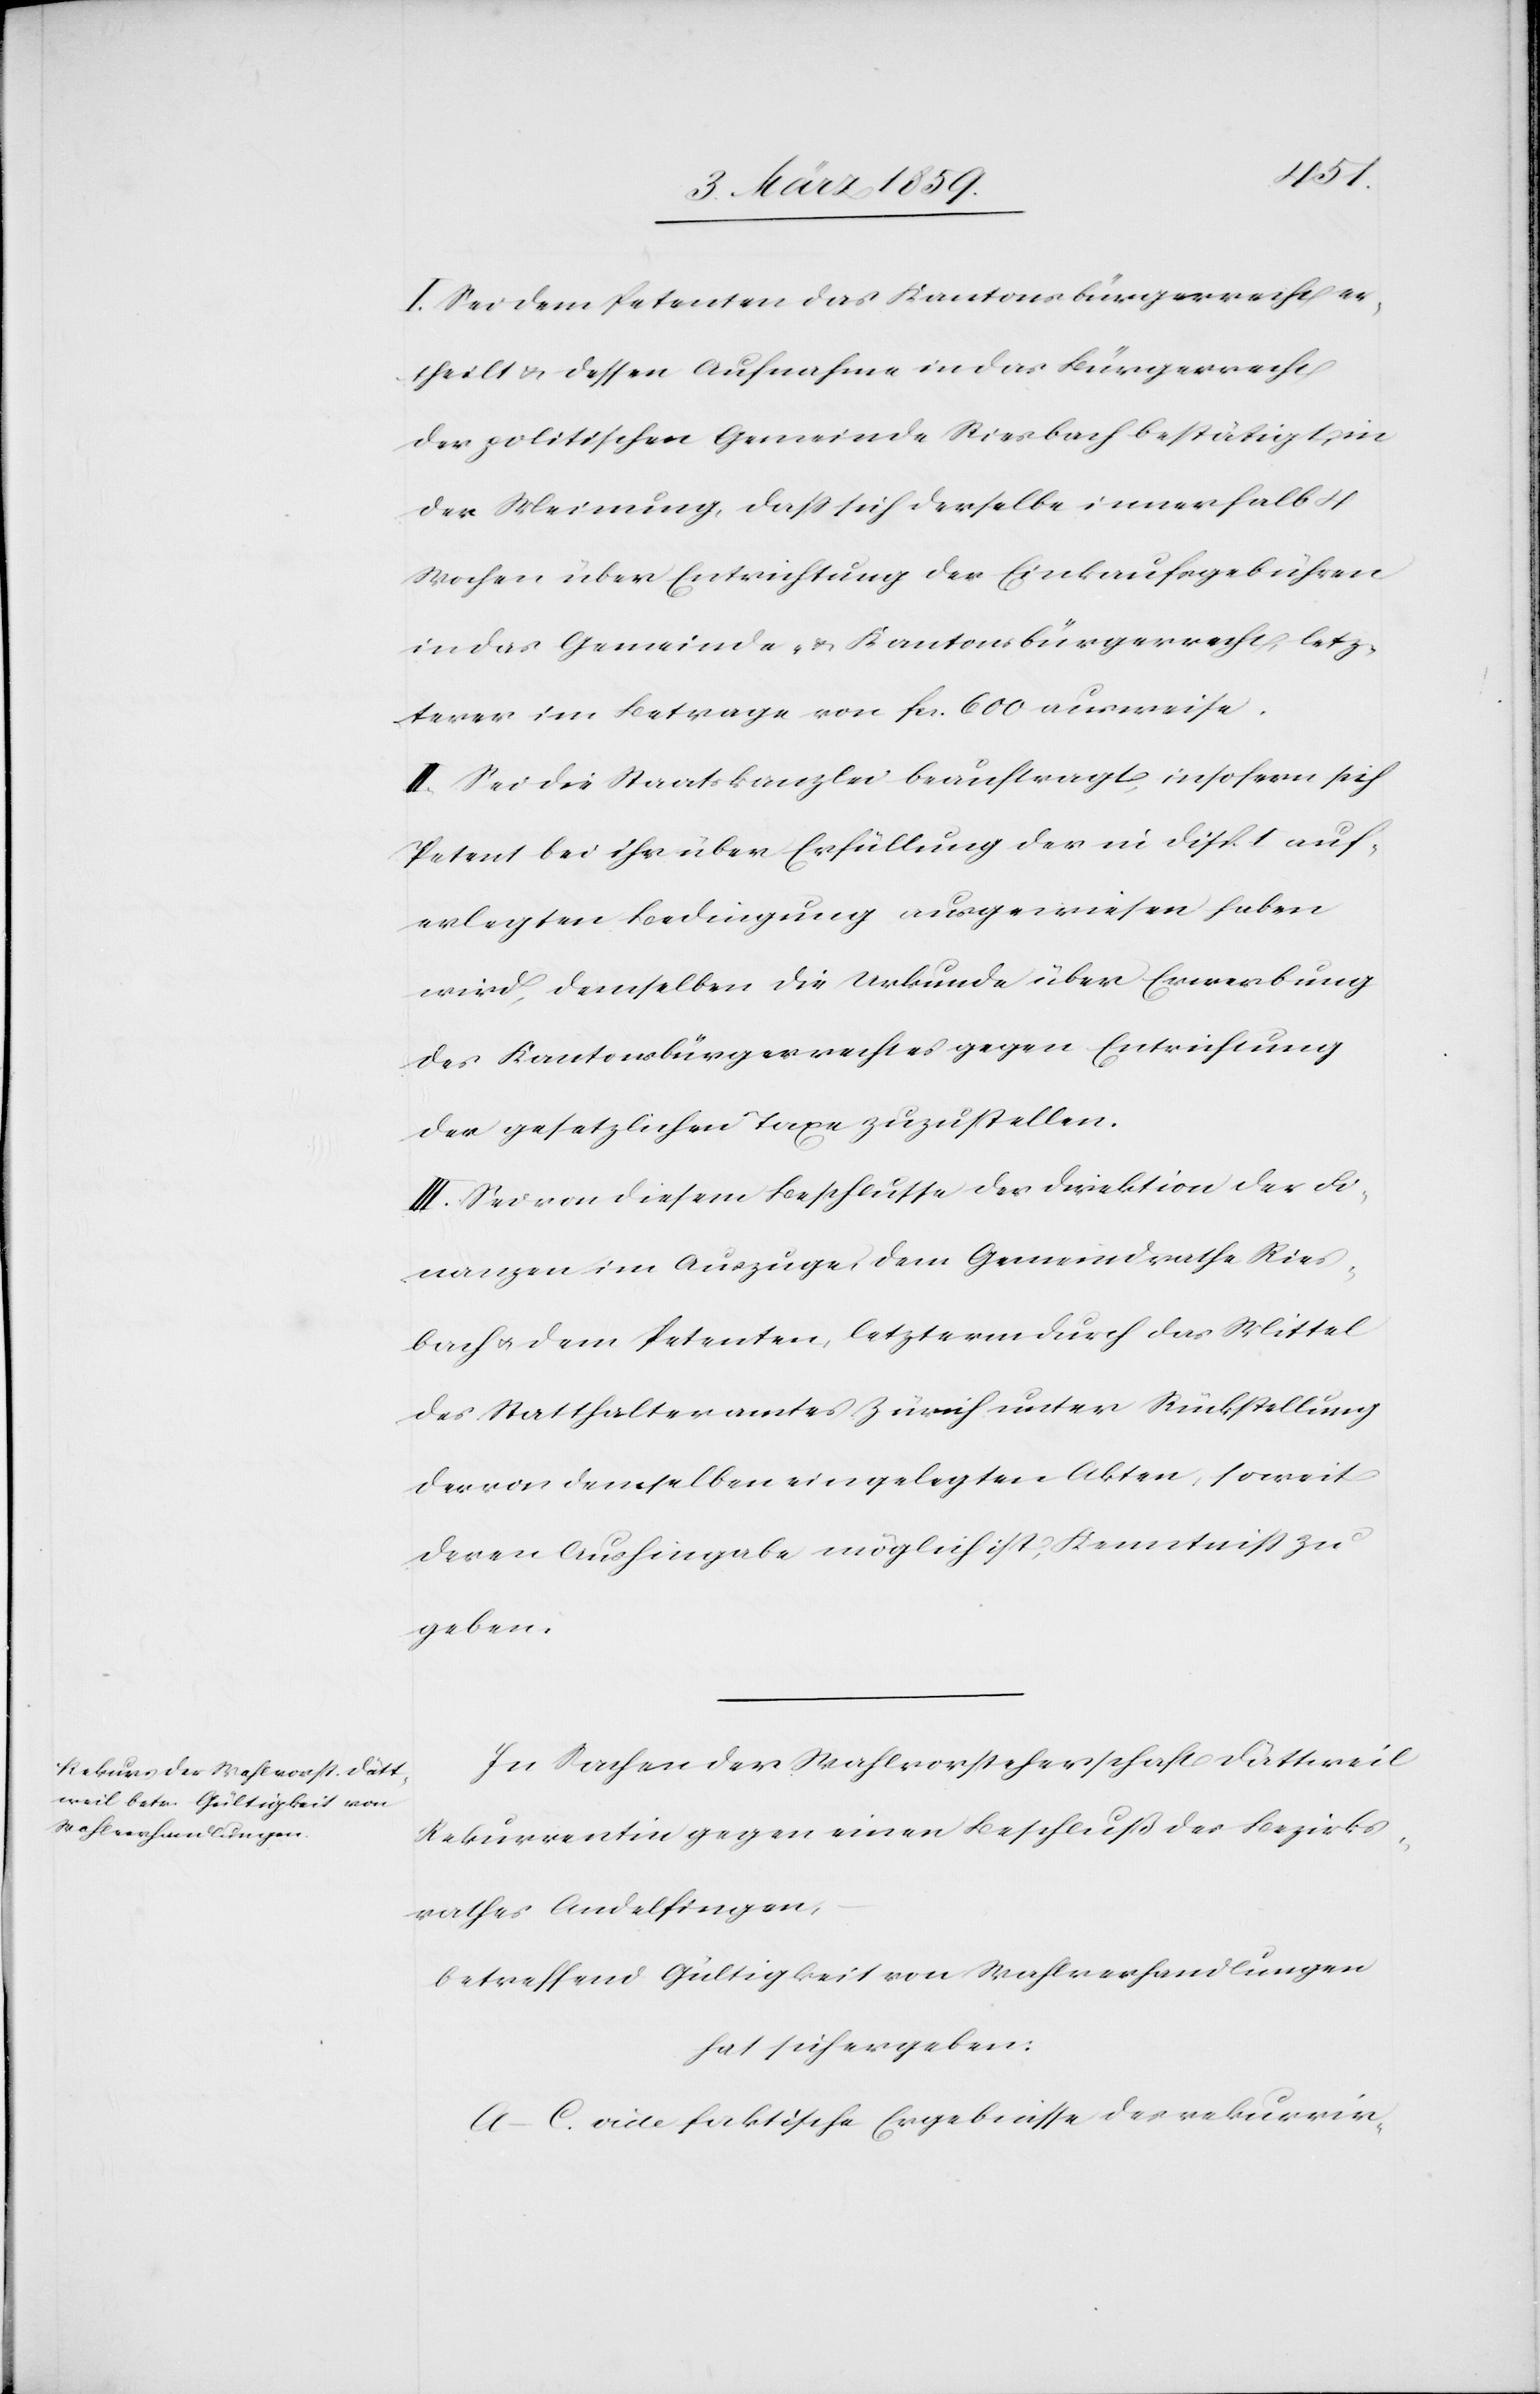
I. Sei dem Petenten das Kantonsbürgerrecht er¬
theilt u. dessen Aufnahme in das Bürgerrecht
der politischen Gemeinde Riesbach bestätigt, in
der Meinung, daß sich derselbe innerhalb 4
Wochen über Entrichtung der Einkaufsgebühren
in das Gemeinde- u. Kantonsbürgerrecht, letz¬
terer im Betrage von fcs. 600 ausweise.
II. Sei die Staatskanzlei beauftragt, insofern sich
Petent bei ihr über Erfüllung der in Disp. I auf¬
erlegten Bedingung ausgewiesen haben
wird, demselben die Urkunde über Erwerbung
des Kantonsbürgerrechtes gegen Entrichtung
der gesetzlichen Taxe zuzustellen.
III. Sei von diesem Beschlusse der Direktion der Fi¬
nanzen im Auszuge, dem Gemeindrathe Ries¬
bach u. dem Petenten, letzterm durch das Mittel
des Statthalteramtes Zürich unter Rückstellung
der von demselben eingelegten Akten, soweit
deren Aushingabe möglich ist, Kenntniß zu
geben.
In Sachen der Wahlvorsteherschaft Dättweil
Rekurrentin gegen einen Beschluß des Bezirks¬
rathes Andelfingen,
betreffend Gültigkeit von Wahlverhandlungen
hat sich ergeben:
A.–C. vide faktische Ergebnisse des rekurrir-